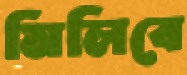
মিলিবে